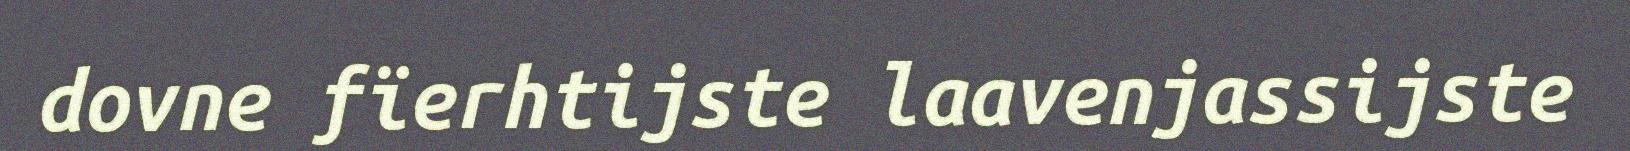
dovne fïerhtijste laavenjassijste